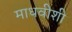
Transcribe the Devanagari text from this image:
माधवीशी